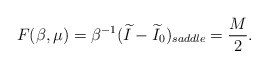
\begin{align*} F(\beta,\mu) = \beta^{-1}(\widetilde I-\widetilde I_0)_{saddle} = {M \over 2}.\end{align*}